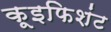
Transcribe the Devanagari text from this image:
कूइफिशंट